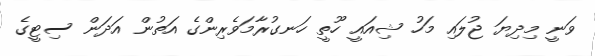
ވަނީ މިދިޔަ ޖުލައި މަހު ޝިއައީ ހޫތީ ހަނގުރާމަވެރިންގެ އަތުން އަދަން ސިޓީގެ